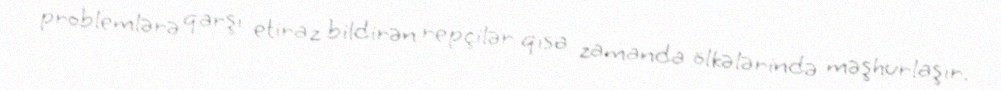
problemlərə qarşı etiraz bildirən repçilər qısa zamanda ölkələrində məşhurlaşır.